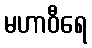
မဟာဝီရေ